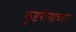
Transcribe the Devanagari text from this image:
कुष्टरोगाच्या